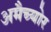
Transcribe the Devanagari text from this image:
अमैच्योर